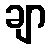
ချာ